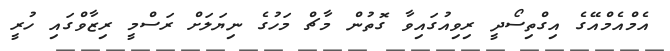
އެމްއެމްއޭގެ އިގްތިސޯދީ ރިވިއުގައިވާ ގޮތުން މާޗް މަހުގެ ނިޔަލަށް ރަސްމީ ރިޒާވްގައި ހުރީ